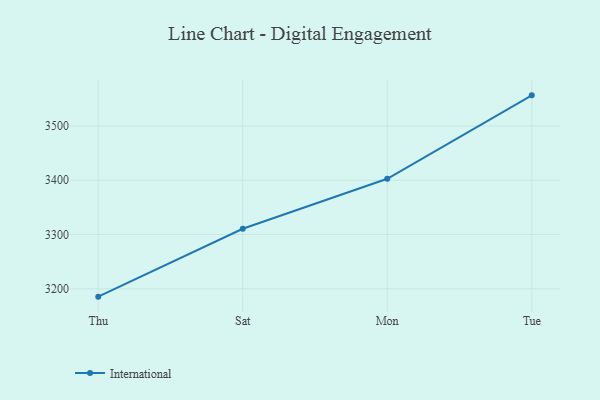
{"axis": {"x": "Day", "y": "Customer Acquisition Cost (USD)"}, "legend": ["International"], "data": [{"x": "Thu", "y": 3185.5, "type": "International"}, {"x": "Sat", "y": 3310.6, "type": "International"}, {"x": "Mon", "y": 3402.7, "type": "International"}, {"x": "Tue", "y": 3556.4, "type": "International"}]}